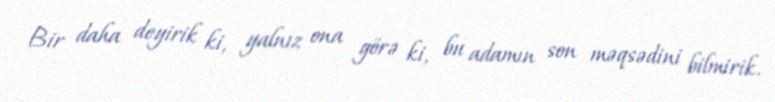
Bir daha deyirik ki, yalnız ona görə ki, bu adamın son məqsədini bilmirik.